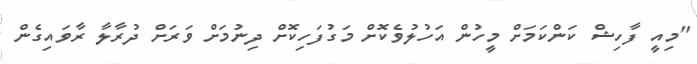
"މިއީ ފާހިޝް ކަންކަމަށް މީހުން އަހުލުވެކޮށް މަގުފަހިކޮށް ދިނުމަށް ވަރަށް ދުރާލާ ރާވައިގެން